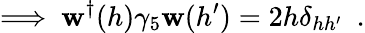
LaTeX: \Longrightarrow~\mathbf{w}^{\dagger}(h)\gamma_{5}\mathbf{w}(h^{\prime})=2h\delta_{hh^{\prime}}~~.